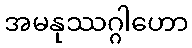
အမနုဿဂ္ဂါဟော